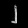
Digit: ၂